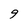
Character: 9